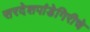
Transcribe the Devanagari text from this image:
सरदेशपांडेगिरीचे